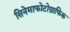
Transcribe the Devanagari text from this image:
सिनेमाफोटोग्राफिक